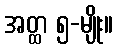
အတ္ထ ၅-မျိုး။